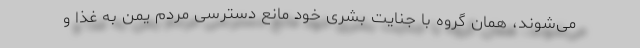
می‌شوند، همان گروه با جنایت بشری خود مانع دسترسی مردم یمن به غذا و